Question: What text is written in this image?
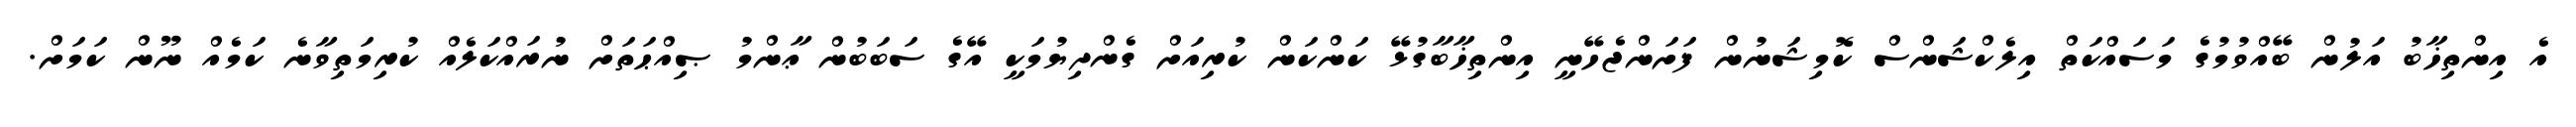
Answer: އެ އިންތިޚާބު އަލުން ބޭއްވުމުގެ މަސައްކަތް އިލެކްޝަންސް ކޮމިޝަނުން ފަށަންޖެހޭނީ އިންތިޚާބާގުޅޭ ކަންކަން ކުރިއަށް ގެންދިޔުމަކީ އޭގެ ސަބަބުން ޢާންމު ޞިއްޙަތަށް ނުރައްކަލެއް ކުރިމަތިވާނެ ކަމެއް ނޫން ކަމަށް.